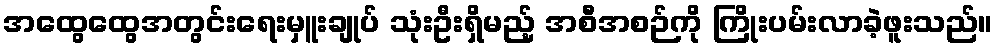
အထွေထွေအတွင်းရေးမှူးချုပ် သုံးဦးရှိမည့် အစီအစဉ်ကို ကြိုးပမ်းလာခဲ့ဖူးသည်။